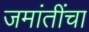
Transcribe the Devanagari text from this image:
जमांतींचा